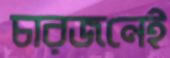
চারজনেই